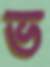
ভ